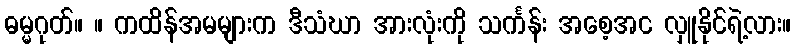
ဓမ္မဂုတ်။ ။ ကထိန်အမများက ဒီသံဃာ အားလုံးကို သင်္ကန်း အစေ့အင လှူနိုင်ရဲ့လား။